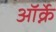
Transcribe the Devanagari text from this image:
ऑर्क्ने